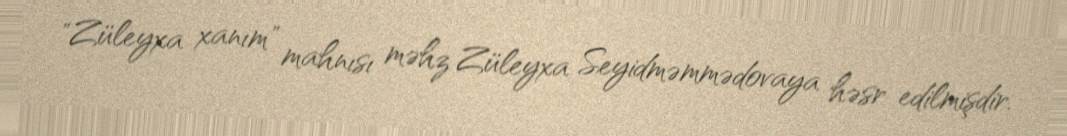
"Züleyxa xanım" mahnısı məhz Züleyxa Seyidməmmədovaya həsr edilmişdir.